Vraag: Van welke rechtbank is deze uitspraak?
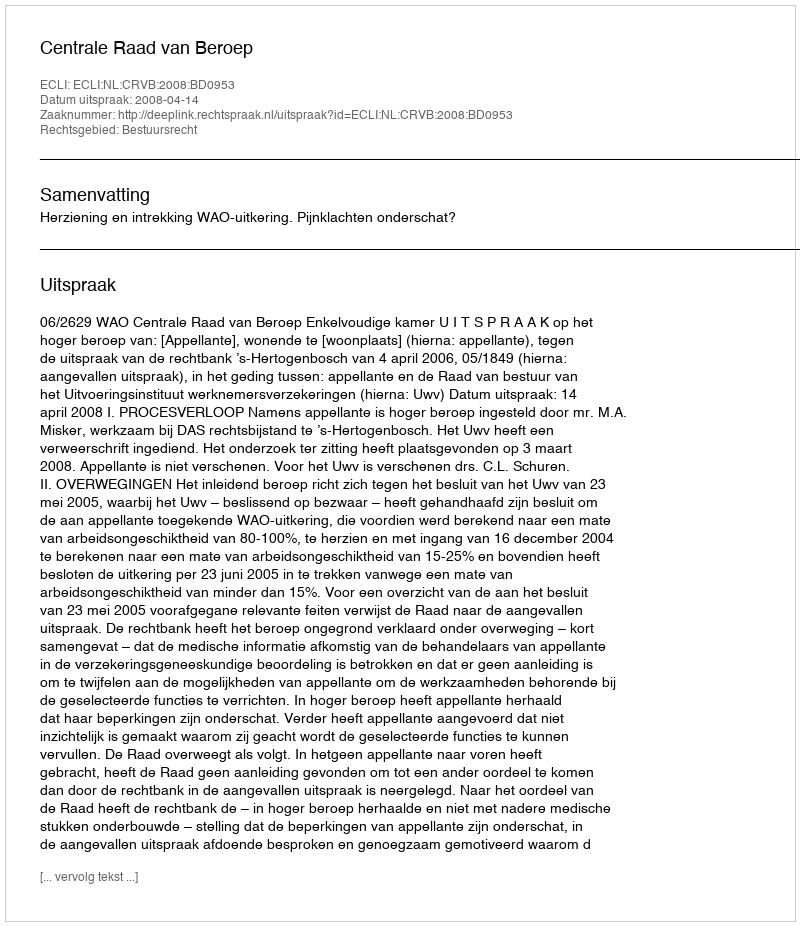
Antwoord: Centrale Raad van Beroep